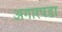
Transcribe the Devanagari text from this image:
अगारपडा